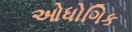
ઓધોગિક